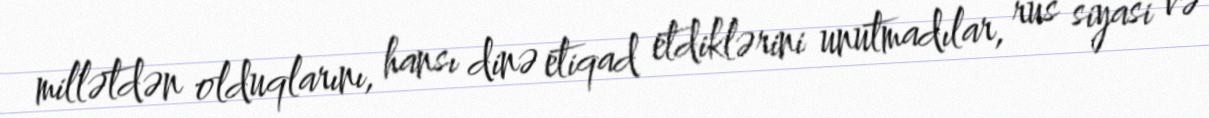
millətdən olduqlarını, hansı dinə etiqad etdiklərini unutmadılar, rus siyasi və